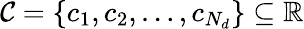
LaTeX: \mathcal{C}=\left\{ c_{1},c_{2},\dotsc,c_{N_{d}}\right\} \subseteq\mathbb{R}